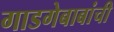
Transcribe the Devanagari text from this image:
गाडगेबाबांची